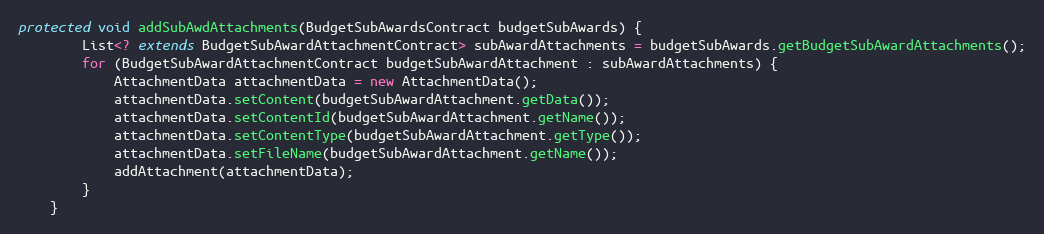
Language: Java
protected void addSubAwdAttachments(BudgetSubAwardsContract budgetSubAwards) {
        List<? extends BudgetSubAwardAttachmentContract> subAwardAttachments = budgetSubAwards.getBudgetSubAwardAttachments();
        for (BudgetSubAwardAttachmentContract budgetSubAwardAttachment : subAwardAttachments) {
            AttachmentData attachmentData = new AttachmentData();
            attachmentData.setContent(budgetSubAwardAttachment.getData());
            attachmentData.setContentId(budgetSubAwardAttachment.getName());
            attachmentData.setContentType(budgetSubAwardAttachment.getType());
            attachmentData.setFileName(budgetSubAwardAttachment.getName());
            addAttachment(attachmentData);
        }
    }